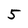
Character: 5